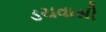
ડચવાસી